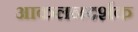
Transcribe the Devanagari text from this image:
आकलनदर्शक